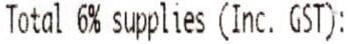
TOTAL 6% SUPPLIES (INC. GST):